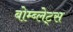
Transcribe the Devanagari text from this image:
बोम्ब्लेट्स